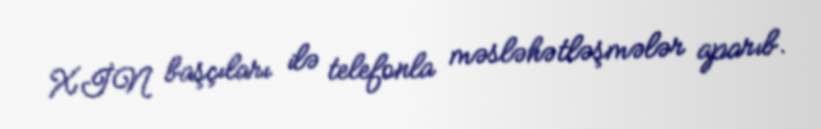
XİN başçıları ilə telefonla məsləhətləşmələr aparıb.